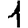
Digit: 1